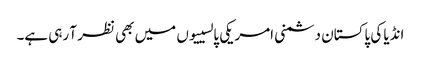
انڈیا کی پاکستان دشمنی امریکی پالسییوں میں بھی نظر آ رہی ہے۔